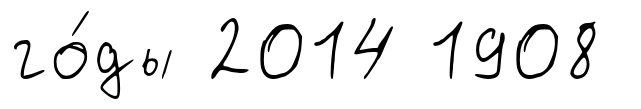
го́ды 2014 1908